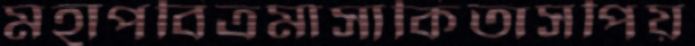
মহাপবিত্রমাসাকিতাসপিয়